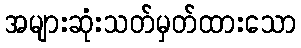
အများဆုံးသတ်မှတ်ထားသော